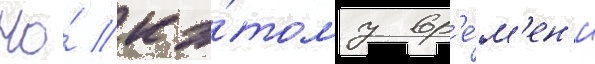
Но́ к э́тому вр'е́м'ен'и